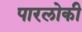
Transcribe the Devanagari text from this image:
पारलोकी